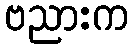
ဗညားက